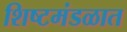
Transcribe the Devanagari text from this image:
शिष्टमंडळात